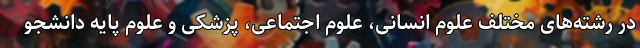
در رشته‌های مختلف علوم انسانی، علوم اجتماعی، پزشکی و علوم پایه دانشجو